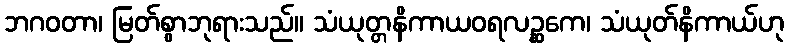
ဘဂဝတာ၊ မြတ်စွာဘုရားသည်။ သံယုတ္တနိကာယဝရလဉ္ဆကေ၊ သံယုတ်နိကာယ်ဟု